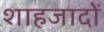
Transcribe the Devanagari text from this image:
शाहजादों